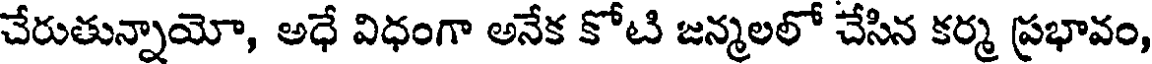
చేరుతున్నాయో, అధే విధంగా అనేక కోటి జన్మలలో చేసిన కర్మ ప్రభావం,